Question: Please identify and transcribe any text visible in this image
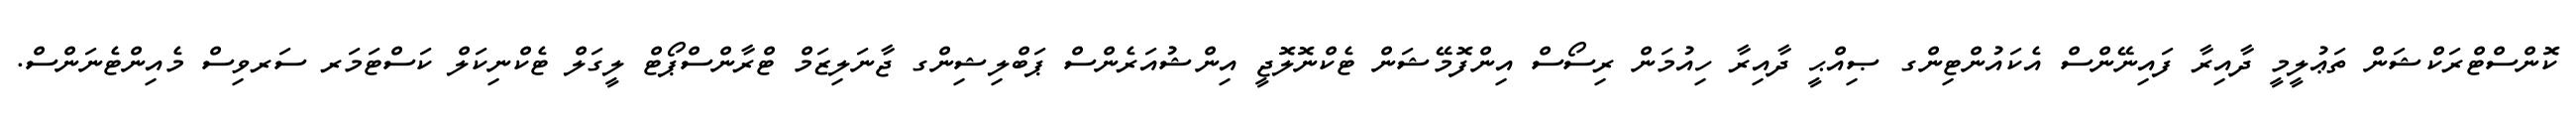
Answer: ކޮންސްޓްރަކްޝަން ތަޢުލީމީ ދާއިރާ ފައިނޭންސް އެކައުންޓިންގ ޞިއްޙީ ދާއިރާ ހިއުމަން ރިސޯސް އިންފޮމޭޝަން ޓެކްނޮލޮޖީ އިންޝުއަރެންސް ޕަބްލިޝިންގ ޖާނަލިޒަމް ޓްރާންސްޕޯޓް ލީގަލް ޓެކްނިކަލް ކަސްޓަމަރ ސަރވިސް މެއިންޓެނަންސް.